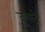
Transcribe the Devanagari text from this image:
जुगाने